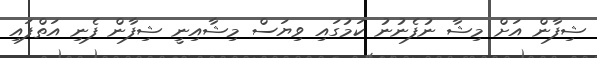
ޝިފާން އަށް މިޝާ ނުފެނުނު ކަމުގައި ވިޔަސް މިޝާއިނީ ޝިފާން ފެނި އަތްފައި